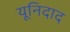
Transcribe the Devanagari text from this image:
यूनिदाद